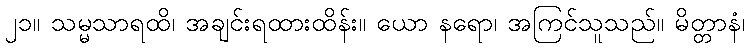
၂၁။ သမ္မသာရထိ၊ အချင်းရထားထိန်း။ ယော နရော၊ အကြင်သူသည်။ မိတ္တာနံ၊